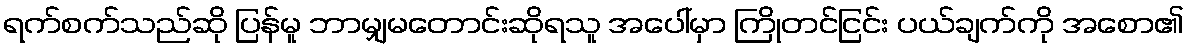
ရက်စက်သည်ဆို ပြန်မူ ဘာမျှမတောင်းဆိုရသူ အပေါ်မှာ ကြိုတင်ငြင်း ပယ်ချက်ကို အစော၏